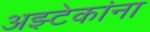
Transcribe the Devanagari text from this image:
अझ्टेकांना